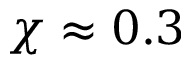
\chi \approx 0 . 3